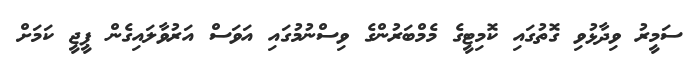
ސަމީރު ވިދާޅުވި ގޮތުގައި ކޮމިޓީގެ މެމްބަރުންގެ ވިސްނުމުގައި އަވަސް އަރުވާލައިގެން ޕީޖީ ކަމަށް